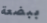
ببضعة